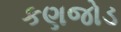
કણજોડ